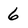
Character: 6